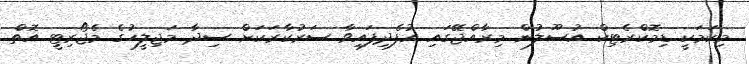
މިކަމަކީ ޑިމޮކްރެޓިކް އުސޫލުން މިރާއްޖޭގައި އުފެދިފައިވާ ސަރުކާރަކަށް ސިދާ މަޖިލީހުގެ މެޖޯރިޓީ އޮތް